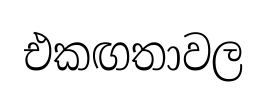
එකඟතාවල